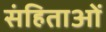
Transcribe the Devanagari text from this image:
संहिताआें